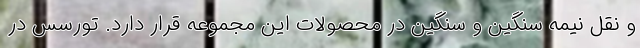
و نقل نیمه سنگین و سنگین در محصولات این مجموعه قرار دارد. تورسس در